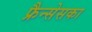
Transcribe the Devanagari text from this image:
फ्रैन्सेसका